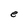
Character: e